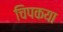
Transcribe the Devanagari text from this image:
चिपकया